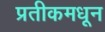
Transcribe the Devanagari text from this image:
प्रतीकमधून